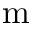
\mathrm { m }